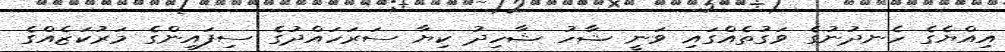
އިއްޔެގެ ހެނދުނުގެ ވަގުތެއްގައި ވަނީ ޝާހު ޝާހިދު ކިޔާ ސަރަަހައްދުގެ ސިފައިންގެ މަރުކަޒެއްގެ